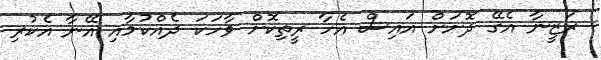
ރަޒީނާ އެގޭ ދޮށަށް އައިސް އެހާ ރީތިކޮށް ވާހަކަ ދެއްކުމާއި އޭނާ އެކުރި